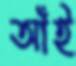
আঁই